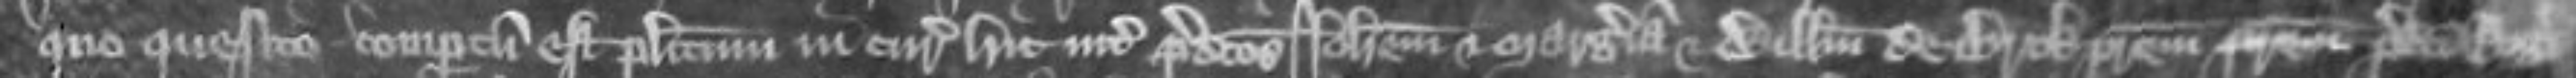
quo quesito compertum est placitum in curia hic inter predictos Johannem et Margeriam et Willelmum de Brok patrem predicti Rogeri